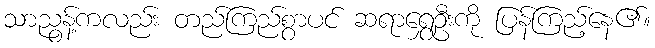
သာညွန့်ကလည်း တည်ကြည်စွာပင် ဆရာရွှေဦးကို ပြန်ကြည့်နေ၏။